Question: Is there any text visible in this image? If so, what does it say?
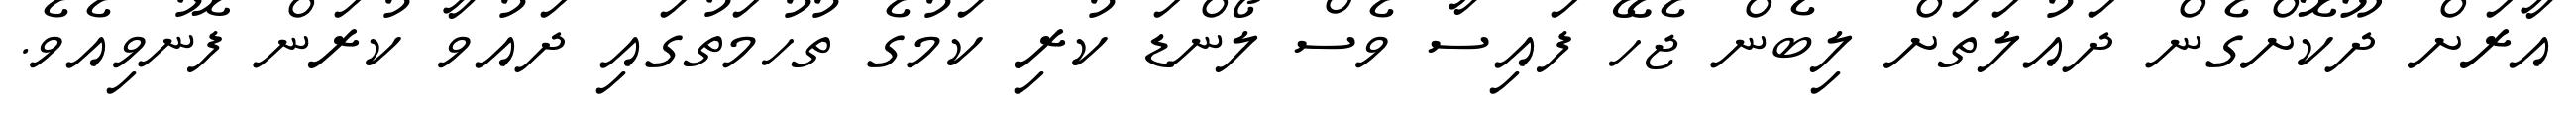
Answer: އާރަށް ދޫކޮށްގެން ދައުލަތަށް ލިބެން ޖެހޭ ފައިސާ ވެސް ލޯންޑަ ކުރި ކަމުގެ ތުހުމަތުގައި ދައުވާ ކުރަން ފޮނުވިއެވެ.